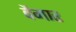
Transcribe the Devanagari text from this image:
वैमार